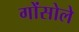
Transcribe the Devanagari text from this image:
गोंसोले